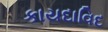
કાયદાવિદ